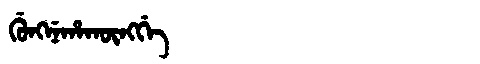
Manchu: ᡤᡠᠩᠨᡝᡥᠠᡴᡡᠩᡤᡝ
Romanization: GUNGNEHAKŪNGGE